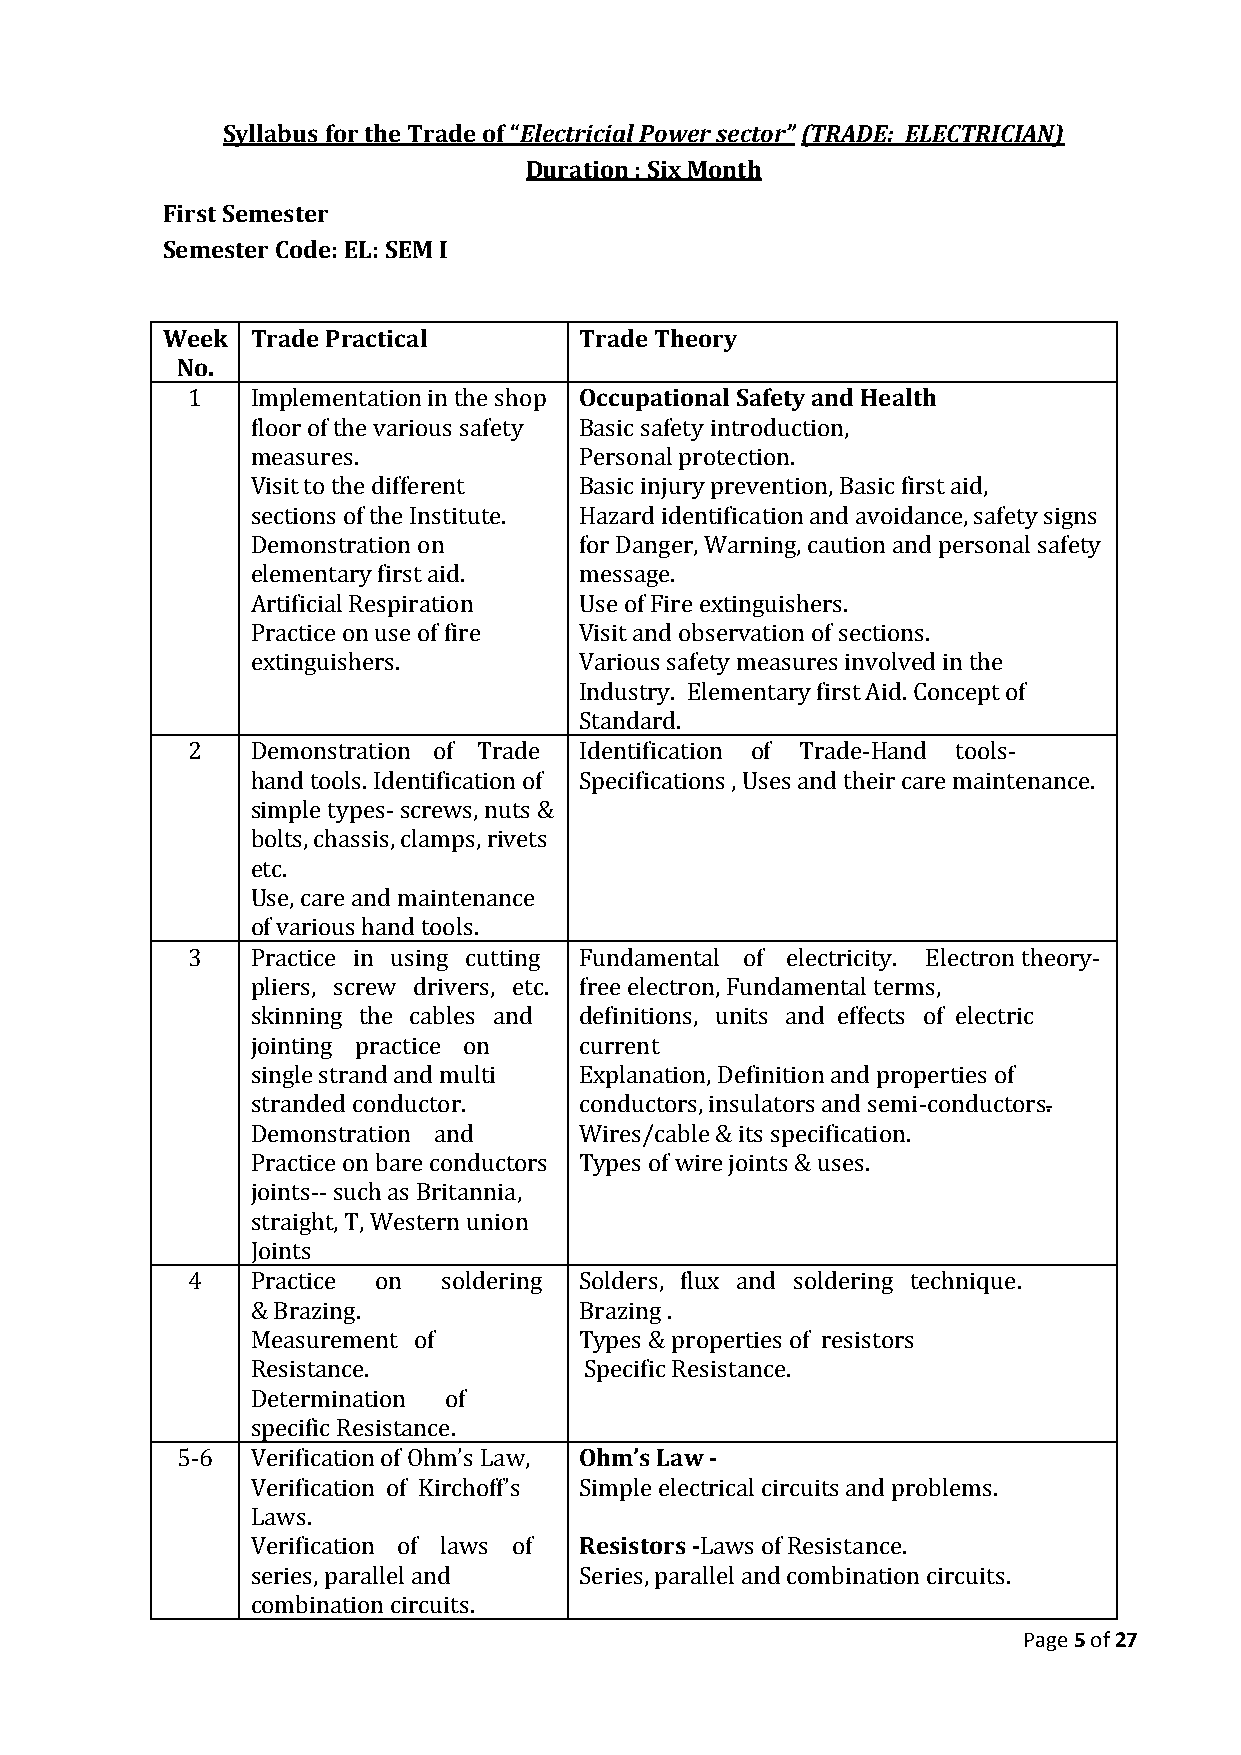
Syllabus for the Trade of “Electricial Power sector” (TRADE: ELECTRICIAN)
 Duration : Six Month
 First Semester
 Semester Code: EL: SEM I
 Week  Trade Practical      Trade Theory
 No.
 1    Implementation in the shop Occupational Safety and Health
 floor of the various safety Basic safety introduction,
 measures.            Personal protection.
 Visit to the different Basic injury prevention, Basic first aid,
 sections of the Institute. Hazard identification and avoidance, safety signs
 Demonstration on     for Danger, Warning, caution and personal safety
 elementary first aid. message.
 Artificial Respiration Use of Fire extinguishers.
 Practice on use of fire Visit and observation of sections.
 extinguishers.       Various safety measures involved in the
 Industry. Elementary first Aid. Concept of
 Standard.
 2    Demonstration of Trade Identification of Trade-Hand tools-
 hand tools. Identification of Specifications , Uses and their care maintenance.
 simple types- screws, nuts &
 bolts, chassis, clamps, rivets
 etc.
 Use, care and maintenance
 of various hand tools.
 3    Practice in using cutting Fundamental of electricity. Electron theory-
 pliers, screw drivers, etc. free electron, Fundamental terms,
 skinning the cables and definitions, units and effects of electric
 jointing practice on current
 single strand and multi Explanation, Definition and properties of
 stranded conductor.  conductors, insulators and semi-conductors.
 Demonstration and    Wires/cable & its specification.
 Practice on bare conductors Types of wire joints & uses.
 joints-- such as Britannia,
 straight, T, Western union
 Joints
 4    Practice on soldering Solders, flux and soldering technique.
 & Brazing.           Brazing .
 Measurement of       Types & properties of resistors
 Resistance.           Specific Resistance.
 Determination of
 specific Resistance.
 5-6  Verification of Ohm’s Law, Ohm’s Law -
 Verification of Kirchoff’s Simple electrical circuits and problems.
 Laws.
 Verification of laws of Resistors -Laws of Resistance.
 series, parallel and Series, parallel and combination circuits.
 combination circuits.
 Page 5 of 27